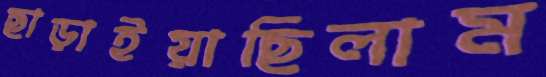
ছাড়াইয়াছিলাম